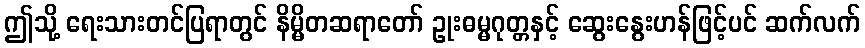
ဤသို့ ရေးသားတင်ပြရာတွင် နိမ္မိတဆရာတော် ဥုးဓမ္မဂုတ္တနှင့် ဆွေးနွေးဟန်ဖြင့်ပင် ဆက်လက်